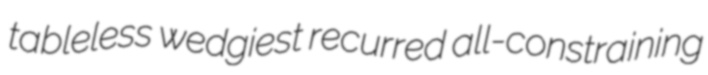
tableless wedgiest recurred all-constraining